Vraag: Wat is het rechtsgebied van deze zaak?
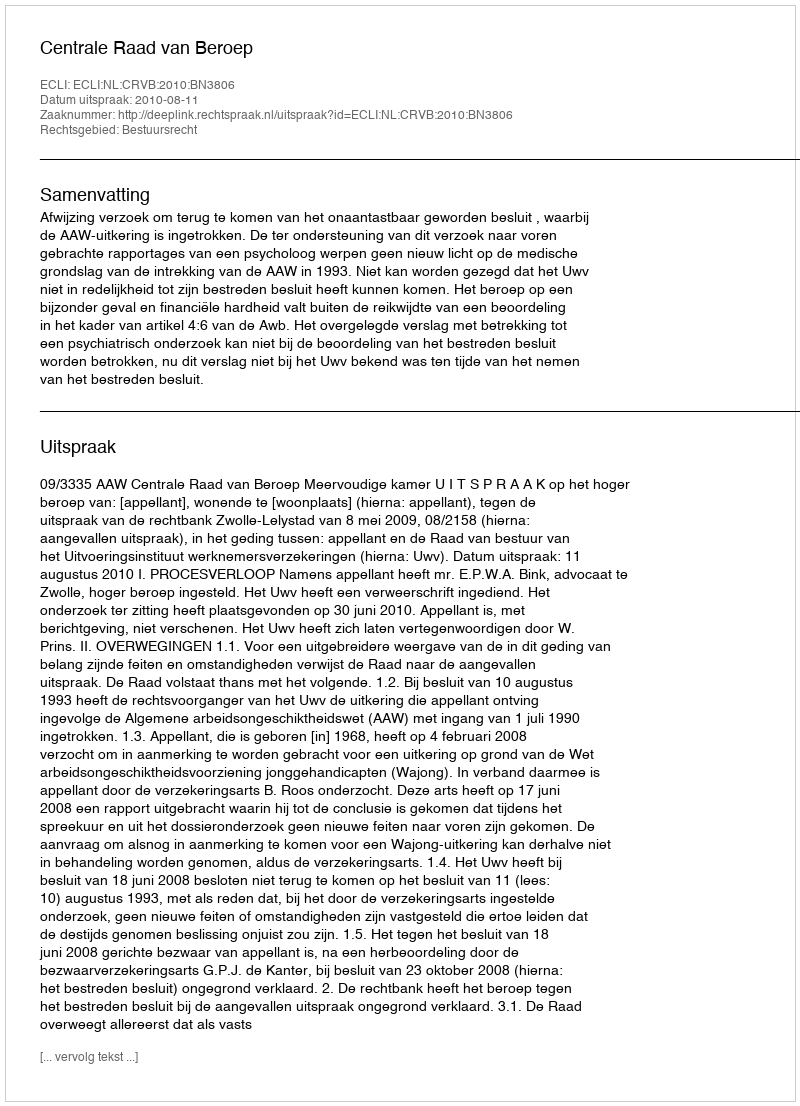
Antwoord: Bestuursrecht